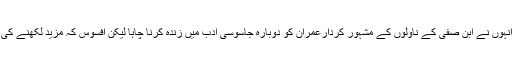
اس ناول میں انہوں نے ابن صفی کے ناولوں کے مشہور کردارعمران کو دوبارہ جاسوسی ادب میں زندہ کرنا چاہا لیکن افسوس کہ مزید لکھنے کی مہلت نہ ملی۔